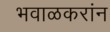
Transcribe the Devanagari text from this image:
भवाळकरांन